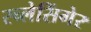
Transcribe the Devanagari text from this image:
स्च्लेसिंगेर